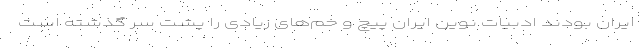
ایران بودند ادبیات نوین ایران پیچ و خم‌های زیادی را پشت سر گذشته است